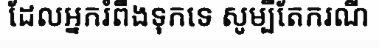
ដែលអ្នករំពឹងទុកទេ សូម្បីតែករណី